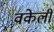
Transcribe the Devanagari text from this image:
वकेली